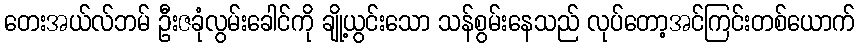
တေးအယ်လ်ဘမ် ဦးဇခုံလွမ်းခေါင်ကို ချို့ယွင်းသော သန်စွမ်းနေသည် လုပ်တော့အင်ကြင်းတစ်ယောက်